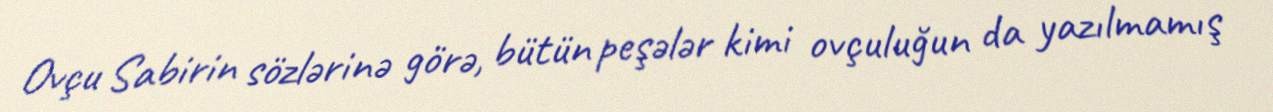
Ovçu Sabirin sözlərinə görə, bütün peşələr kimi ovçuluğun da yazılmamış